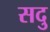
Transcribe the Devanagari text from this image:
सदु